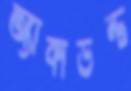
অ্যাকাউন্ট